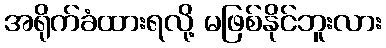
အရိုက်ခံထားရလို့ မဖြစ်နိုင်ဘူးလား